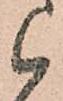
候